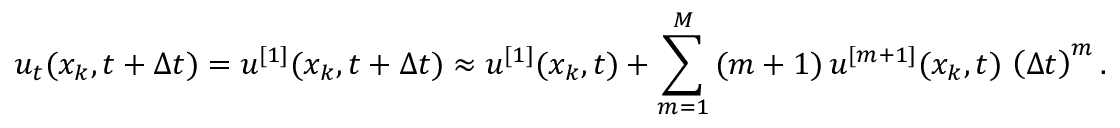
u _ { t } ( x _ { k } , t + \Delta t ) = u ^ { [ 1 ] } ( x _ { k } , t + \Delta t ) \approx u ^ { [ 1 ] } ( x _ { k } , t ) + \sum _ { m = 1 } ^ { M } \, ( m + 1 ) \, u ^ { [ m + 1 ] } ( x _ { k } , t ) \, \left( \Delta t \right) ^ { m } .